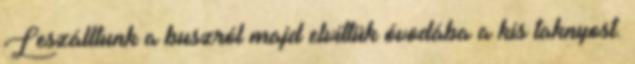
Leszálltunk a buszról majd elvittük óvodába a kis taknyost.